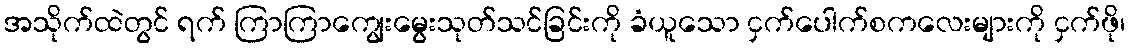
အသိုက်ထဲတွင် ရက် ကြာကြာကျွေးမွေးသုတ်သင်ခြင်းကို ခံယူသော ငှက်ပေါက်စကလေးများကို ငှက်ဖို၊